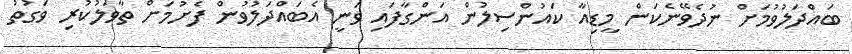
ބައްދަލުވުމަށް ނުދެވޭނެކަން މީޑިއާ ކައުންސިލުން އަންގާފައި ވަނީ އެބައްދަލުވުން ފެށުމަށް ތާވަލުކުރި ވަގުތު